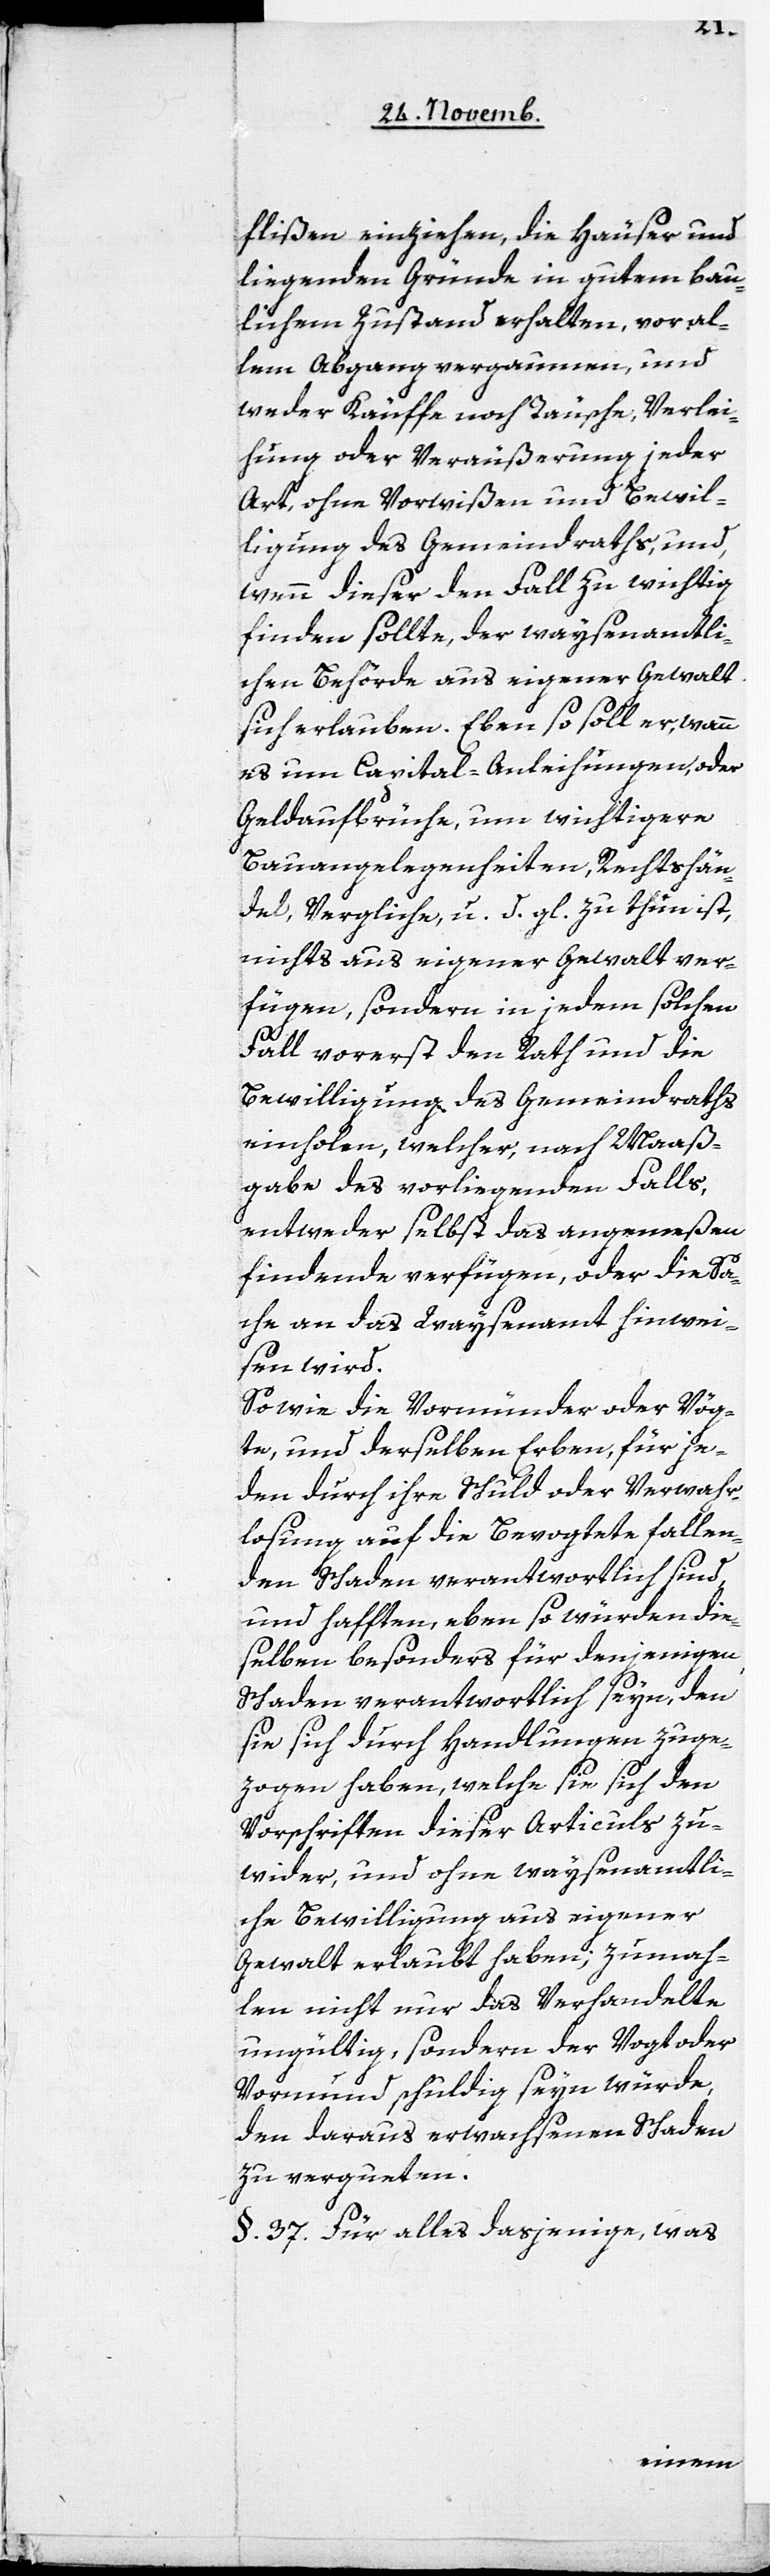
flißen einziehen, die Häuser und
liegenden Gründe in gutem bau¬
lichen Zustand erhalten, vor al¬
lem Abgang vergaumen, und
weder Käuffe noch Täusche, Verlei¬
hung oder Veräußerung jeder
Art, ohne Vorwißen und Bewil¬
ligung des Gemeindraths, und,
wenn dieser den Fall zu wichtig
finden sollte, der waysenamtli¬
chen Behörde aus eigener Gewalt
sich erlauben. Eben so soll er, wann
es um Capital-Anleihungen, oder
Geldaufbrüche, um wichtigere
Bauangelegenheiten, Rechtshän¬
del, Vergliche, u. d. gl. zu thun ist,
nichts aus eigener Gewalt ver¬
fügen, sondern in jedem solchen
Fall vorerst den Rath und die
Bewilligung des Gemeindraths
einholen, welcher, nach Maaß¬
gabe des vorliegenden Falls,
entweder selbst das angemeßen
findende verfügen, oder die Sa¬
che an das Waysenamt hinwei¬
sen wird.
So wie die Vormünder oder Vög¬
te, und derselben Erben, für je¬
den durch ihre Schuld oder Verwahr¬
losung auf die Bevogetete fallen¬
den Schaden verantwortlich sind
und hafften, eben so würden die¬
selben besonders für denjenigen
Schaden verantwortlich seyn, den
sie sich durch Handlungen zuge¬
zogen haben, welche sie sich den
Vorschriften dieser Articuls zu¬
wider, und ohne waysenamtli¬
che Bewilligung aus eigener
Gewalt erlaubt haben; zumah¬
len nicht nur das Verhandelte
ungültig, sondern der Vogt oder
Vormund schuldig seyn würde,
den daraus erwachsenen Schaden
zu vergueten.
§. 37. Für alles dasjenige, was